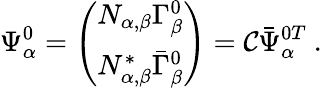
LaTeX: \Psi_{\alpha}^{0}=\left(\begin{array}{c}{{N_{\alpha,\beta}\Gamma_{\beta}^{0}}}\\ {{N_{\alpha,\beta}^{*}\bar{\Gamma}_{\beta}^{0}}}\end{array}\right)=\mathcal{C}\bar{{\Psi}}_{\alpha}^{0T}\ .